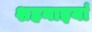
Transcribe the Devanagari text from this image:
शहनाइयां